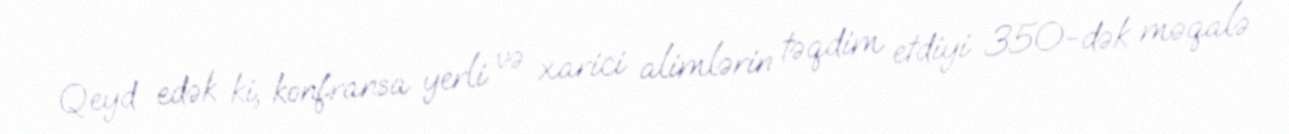
Qeyd edək ki, konfransa yerli və xarici alimlərin təqdim etdiyi 350-dək məqalə